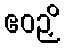
ဧဝဉှိ